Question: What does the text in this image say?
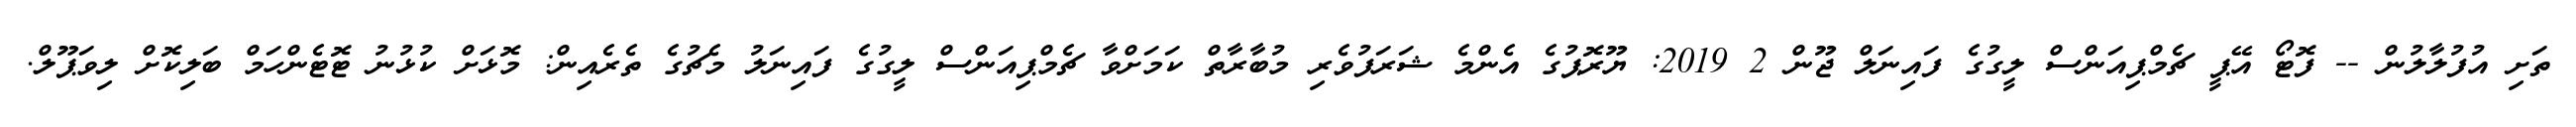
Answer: ތަށި އުފުލާލުން -- ފޮޓޯ އޭޕީ ޗެމްޕިއަންސް ލީގުގެ ފައިނަލް ޖޫން 2 2019: ޔޫރޮޕުގެ އެންމެ ޝަރަފުވެރި މުބާރާތް ކަމަށްވާ ޗެމްޕިއަންސް ލީގުގެ ފައިނަލު މެޗުގެ ތެރެއިން: މޮޅަށް ކުޅުނު ޓޮޓެންހަމް ބަލިކޮށް ލިވަޕޫލް.